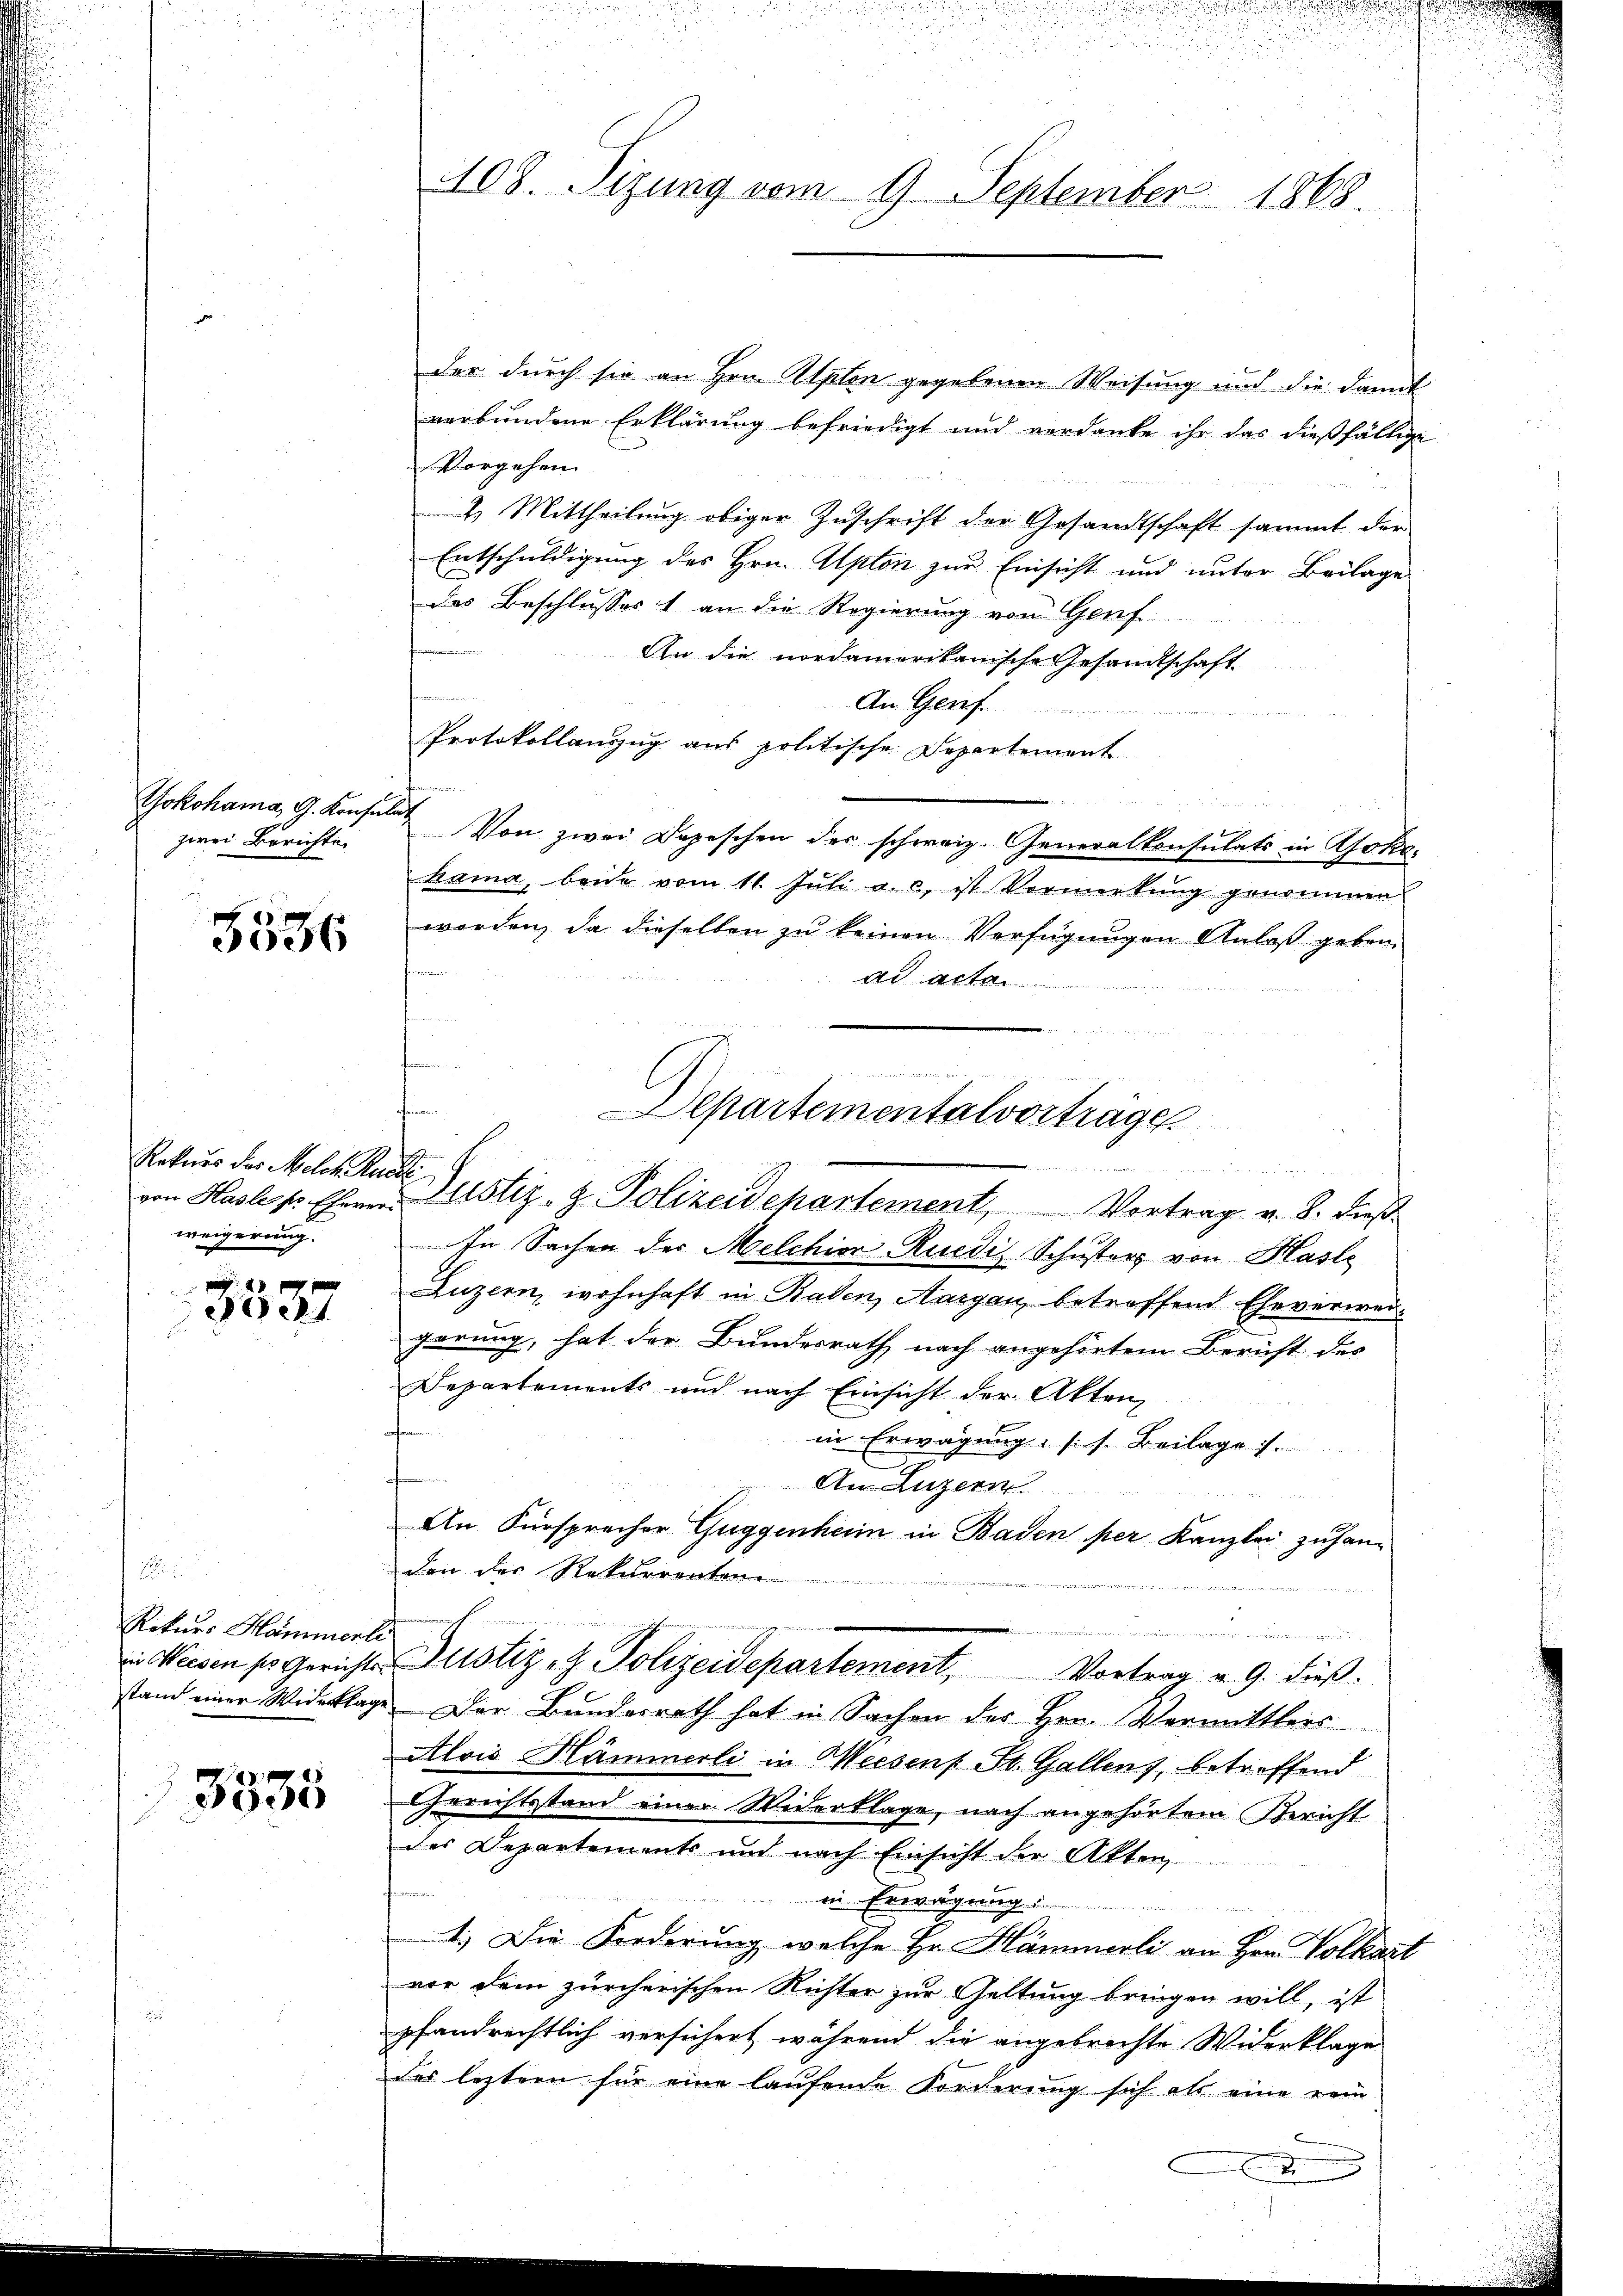
Yokohama, G. Konsu
zwei Berichte.

5536

Rekurs des Melch. Ruedli
weigerung.

4
1

Rekurs Hamment
in Weesen so Gerichtsstand einer Widerklag

3535

108. Sizung vom 9. September 1868.

der durch sie an Hrn. Alpten gegebenen Weisung und die damit
verbundene Erklärung befriedigt und verdanke ihr das dießfällige
Vorgehen
2. Mittheilung obiger Zuschrift der Gesandtschaft sammt der
Entschuldigung des Hrn. Apton zur Einsicht und unter Beilage
das Beschlusses 1 an die Regierung von Genf
An die nordamerikanische Gesandtschaft.

An Genf.
Protokollanzug aus politische Departement
18 20 x
bet. Von zwei Depeschen des schweiz. Generalkonsulats in Roka-
hama, beide vom 11. Jŭli a. c. ist Vormerkŭng genommen
worden, da dieselben zu keinen Verfügungen Anlaß geben.
fmann
ad acta
n
fun
S
In Sachen der Melchior Ruedi, Schuster von Hasle
Luzern, wohnhaft in Baden, Aargau, betreffend Eheverweigerung, hat der Bundesrath nach angehörtem Bericht der
Departements und nach Einsicht der Akten,
in Erwägung (s. Beilage s.
h
An Luzern.
An Fürspracher Guggenheim in Baden per Kanzlei zuhanden der Rekurrenten
.
c
Justiz- & Polizeidepartement, Vortrag u. 9. dieβ.
a. Der Bundesrath hat in Sachen des Hrn. Vermittleis
Alois Hämmerli in Weesens St. Gallenz, betreffend
Gerichtsstand einer Widerklage, nach angehörtem Bericht
des Departements und nach Einsicht der Akten
in Erwägung
1.) Die Forderung, welche Hr. Hämmerli an Hrn. Volkart
vor dem zürcherischen Richter zur Geltung bringen will, ist
pfandrechtlich versichert, während die angebrachte Widerklage
des letztern für eine laufende Forderung sich als eine rein-
d

2. ein eines denken
lpartementalvorträge.
Demmen
von Hasle u. Ehren Justiz- & Polizeidepartement, Vortrag v. 8. dieß